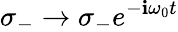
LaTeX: \sigma_{-}\rightarrow\sigma_{-}e^{-\mathbf{i}\omega_{0}t}